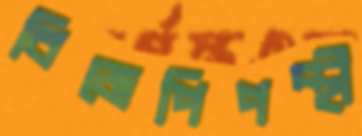
বিজেপিপন্থী